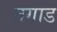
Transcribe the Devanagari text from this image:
तगाड